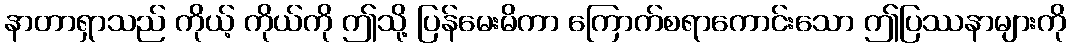
နာတာရှာသည် ကိုယ့် ကိုယ်ကို ဤသို့ ပြန်မေးမိကာ ကြောက်စရာကောင်းသော ဤပြဿနာများကို